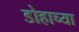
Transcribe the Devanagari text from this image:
डोहाच्या